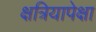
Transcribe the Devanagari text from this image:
क्षत्रियापेक्षा